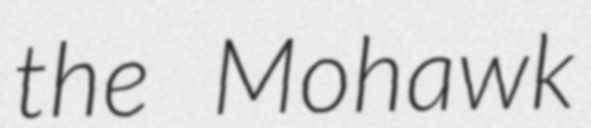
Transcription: the Mohawk